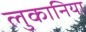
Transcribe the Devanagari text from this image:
लुकानिया